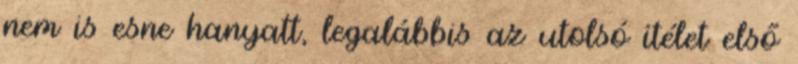
nem is esne hanyatt, legalábbis az utolsó ítélet első